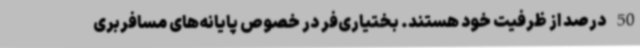
50 درصد از ظرفیت خود هستند. بختیاری‌فر در خصوص پایانه‌های مسافربری